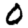
Digit: 0